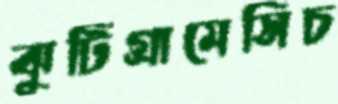
ঝুটিগ্রামেসিচ